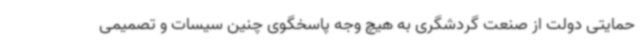
حمایتی دولت از صنعت گردشگری به هیچ وجه پاسخگوی چنین سیسات و تصمیمی